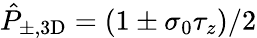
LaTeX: \hat{P}_{\pm,\mathrm{3D}}=(1\pm\sigma_{0}\tau_{z})/2